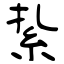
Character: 紥